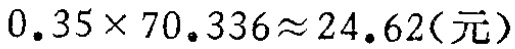
\(0.35\times 70.336\approx 24.62(\text{元})\)